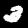
Label: 3